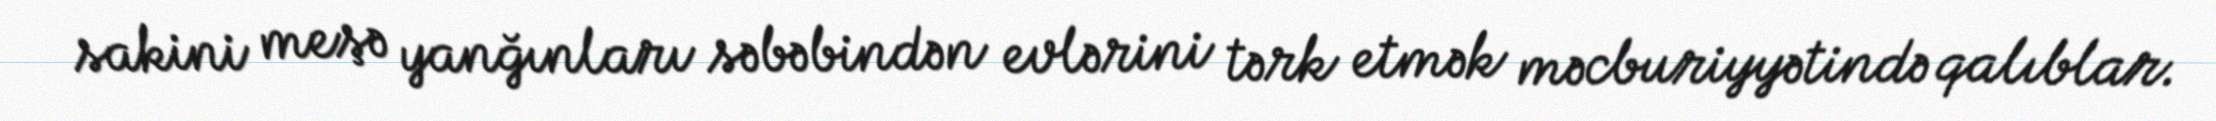
sakini meşə yanğınları səbəbindən evlərini tərk etmək məcburiyyətində qalıblar.